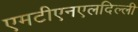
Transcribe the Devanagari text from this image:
एमटीएनएलदिल्ली